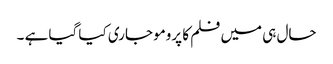
حال ہی میں فلم کا پرومو جاری کیا گیا ہے ۔